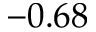
- 0 . 6 8